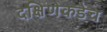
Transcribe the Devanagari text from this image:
दक्षिणेकडेच